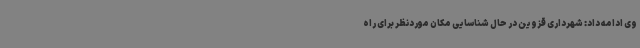
وی ادامه داد: شهرداری قزوین در حال شناسایی مکان موردنظر برای راه‌